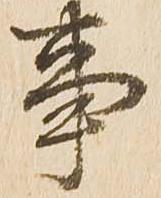
事